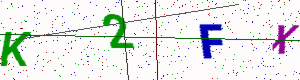
Text: K2FX